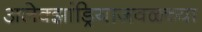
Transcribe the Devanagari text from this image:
अलेक्झांड्रियाजवळच्या